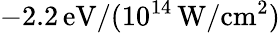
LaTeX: -2.2\, \mathrm{eV}/(10^{14}\, \mathrm{W/cm^{2}})